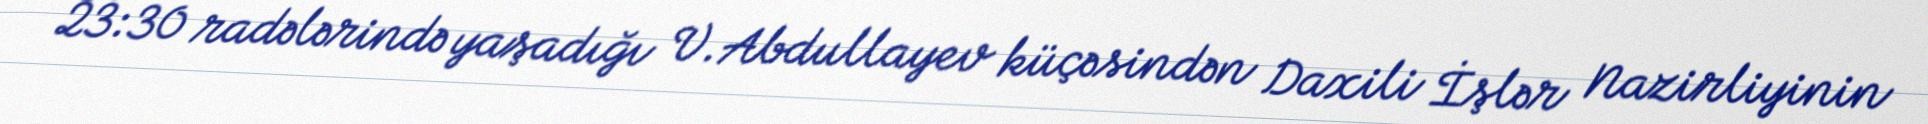
23:30 radələrində yaşadığı V.Abdullayev küçəsindən Daxili İşlər Nazirliyinin